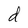
Character: d